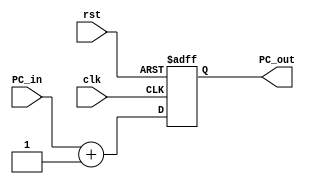
`timescale 1ns / 1ps
//////////////////////////////////////////////////////////////////////////////////
// Company: 
// Engineer: 
// 
// Design Name: 
// Module Name:    PC_InstMem 
// Project Name: 
// Target Devices: 
// Tool versions: 
// Description: 
//
// Dependencies: 
//
// Revision: 
// Revision 0.01 - File Created
// Additional Comments: 
//
//////////////////////////////////////////////////////////////////////////////////
module PC_InstMem (
    input clk,
    input rst,
    input [31:0]PC_in,
	 output reg [31:0]PC_out
);


always @ (posedge clk or posedge rst) begin
    if (rst) begin
        PC_out <= 0;
		  end
    else begin
        PC_out <= PC_in + 1; 
    end
end



endmodule